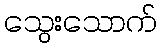
သွေးသောက်